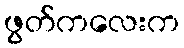
ဖွတ်ကလေးက